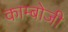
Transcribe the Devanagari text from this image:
काम्बोजी